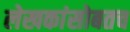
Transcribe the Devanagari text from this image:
लेखकांसोबतच